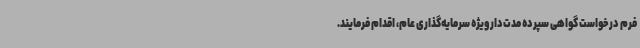
فرم درخواست گواهی سپرده مدت‌دار ویژه سرمایه‌گذاری عام، اقدام فرمایند.